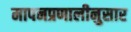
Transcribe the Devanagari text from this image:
मापनप्रणालीनुसार